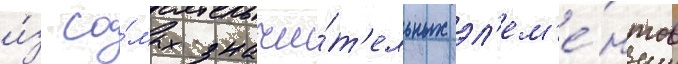
и́з са́мых значи́т'ельных эл'ем'е́нтов